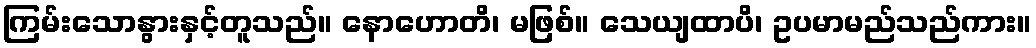
ကြမ်းသောနွားနှင့်တူသည်။ နောဟောတိ၊ မဖြစ်။ သေယျထာပိ၊ ဥပမာမည်သည်ကား။